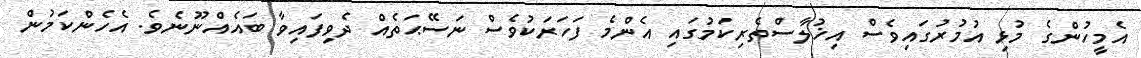
އެމީހުންގެ މުޅި އުމުރުގައިވެސް އިޚުލާސްތެރިކަމުގައި އެންމެ ފަހަރަކުވެސް ނަސޭޙަތެއް ދެވިފައިވާ ބައެއްނޫނެވެ. އެހެންކަމުން